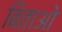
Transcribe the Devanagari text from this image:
बिताओ